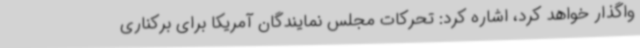
واگذار خواهد کرد، اشاره کرد: تحرکات مجلس نمایندگان آمریکا برای برکناری